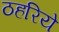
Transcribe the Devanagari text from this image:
ठहरिये